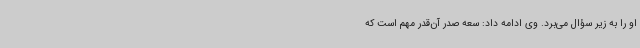
او را به زیر سؤال می‌برد. وی ادامه داد: سعه صدر آن‌قدر مهم است که